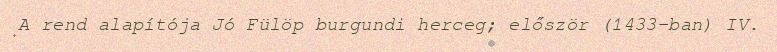
A rend alapítója Jó Fülöp burgundi herceg; először (1433-ban) IV.